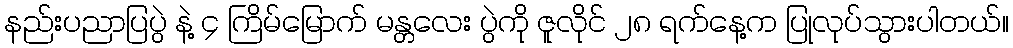
နည်းပညာပြပွဲ နဲ့ ၄ ကြိမ်မြောက် မန္တလေး ပွဲကို ဇူလိုင် ၂၈ ရက်နေ့က ပြုလုပ်သွားပါတယ်။